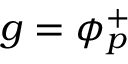
g = \phi _ { p } ^ { + }